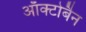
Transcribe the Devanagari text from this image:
ऑक्टोबैन